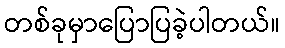
တစ်ခုမှာပြောပြခဲ့ပါတယ်။